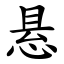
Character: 悬